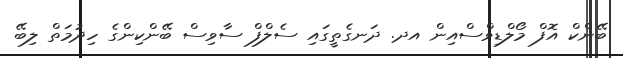
ބޭންކް އޮފް މޯލްޑިވްސްއިން އދ. ދަނގެތީގައި ސެލްފް ސާވިސް ބޭންކިންގެ ހިދުމަތް ލިބޭ